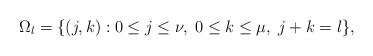
LaTeX: \begin{align*}\Omega_l&=\{(j,k):0\le j\le \nu,\;0\le k\le \mu,\;j+k=l\},\end{align*}